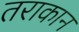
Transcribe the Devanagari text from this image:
तराकान